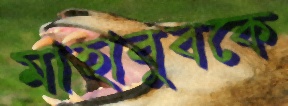
মাহাবুবকে